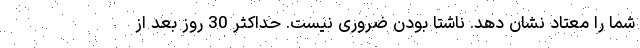
شما را معتاد نشان دهد. ناشتا بودن ضروری نیست. حداکثر 30 روز بعد از